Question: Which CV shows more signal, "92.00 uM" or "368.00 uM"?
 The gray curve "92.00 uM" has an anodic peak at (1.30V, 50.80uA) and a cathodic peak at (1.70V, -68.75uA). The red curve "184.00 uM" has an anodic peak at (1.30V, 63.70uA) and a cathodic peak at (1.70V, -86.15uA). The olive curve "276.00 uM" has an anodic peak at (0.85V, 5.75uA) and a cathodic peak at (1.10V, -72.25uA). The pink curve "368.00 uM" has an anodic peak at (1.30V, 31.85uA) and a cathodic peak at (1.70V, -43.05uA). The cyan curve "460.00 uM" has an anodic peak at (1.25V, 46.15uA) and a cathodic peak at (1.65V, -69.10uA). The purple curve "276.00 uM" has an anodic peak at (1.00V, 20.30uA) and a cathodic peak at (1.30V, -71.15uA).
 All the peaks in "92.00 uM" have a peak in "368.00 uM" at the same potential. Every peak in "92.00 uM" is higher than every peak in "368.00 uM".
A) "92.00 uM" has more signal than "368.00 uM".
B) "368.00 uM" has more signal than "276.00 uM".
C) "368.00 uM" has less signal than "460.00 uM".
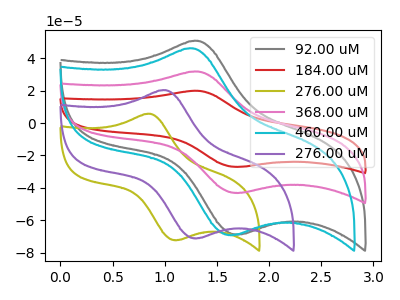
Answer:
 <answer>A) "92.00 uM" has more signal than "368.00 uM".</answer>
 <eval>A</eval>